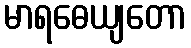
မာရဓေယျတော